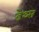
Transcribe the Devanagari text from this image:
डेथ्स